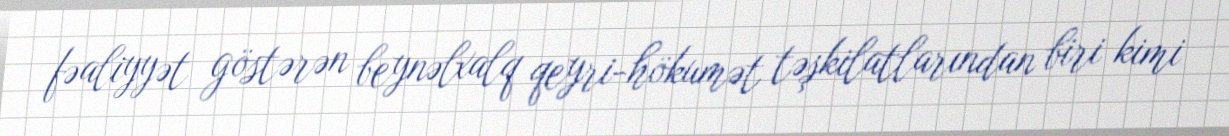
fəaliyyət göstərən beynəlxalq qeyri-hökumət təşkilatlarından biri kimi